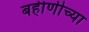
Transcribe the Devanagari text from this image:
बहीणीच्या